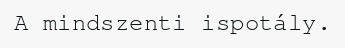
A mindszenti ispotály.